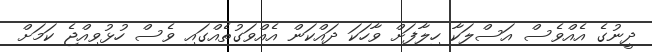
ދީނުގެ އެއްވެސް އަސްލަކާ ހިލާފަށް ވާހަކަ ދައްކަން އެއްވަގުތެއްގައި ވެސް ހުޅުވިއްޖެ ކަމަށް